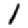
Digit: 1